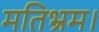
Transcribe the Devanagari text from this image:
मतिभ्रम।